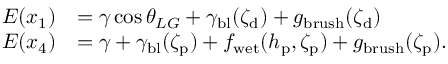
\begin{array} { r l } { E ( x _ { 1 } ) } & { = \gamma \cos { \theta _ { L G } } + \gamma _ { \mathrm { b l } } ( \zeta _ { \mathrm { d } } ) + g _ { \mathrm { b r u s h } } ( { \zeta _ { \mathrm { d } } } ) } \\ { E ( x _ { 4 } ) } & { = \gamma + \gamma _ { \mathrm { b l } } ( \zeta _ { \mathrm { p } } ) + f _ { \mathrm { w e t } } ( h _ { \mathrm { p } } , \zeta _ { \mathrm { p } } ) + g _ { \mathrm { b r u s h } } ( { \zeta _ { \mathrm { p } } } ) . } \end{array}